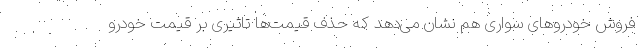
فروش خودروهای سواری هم نشان می‌دهد که حذف قیمت‌ها تاثیری بر قیمت خودرو